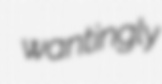
wantingly